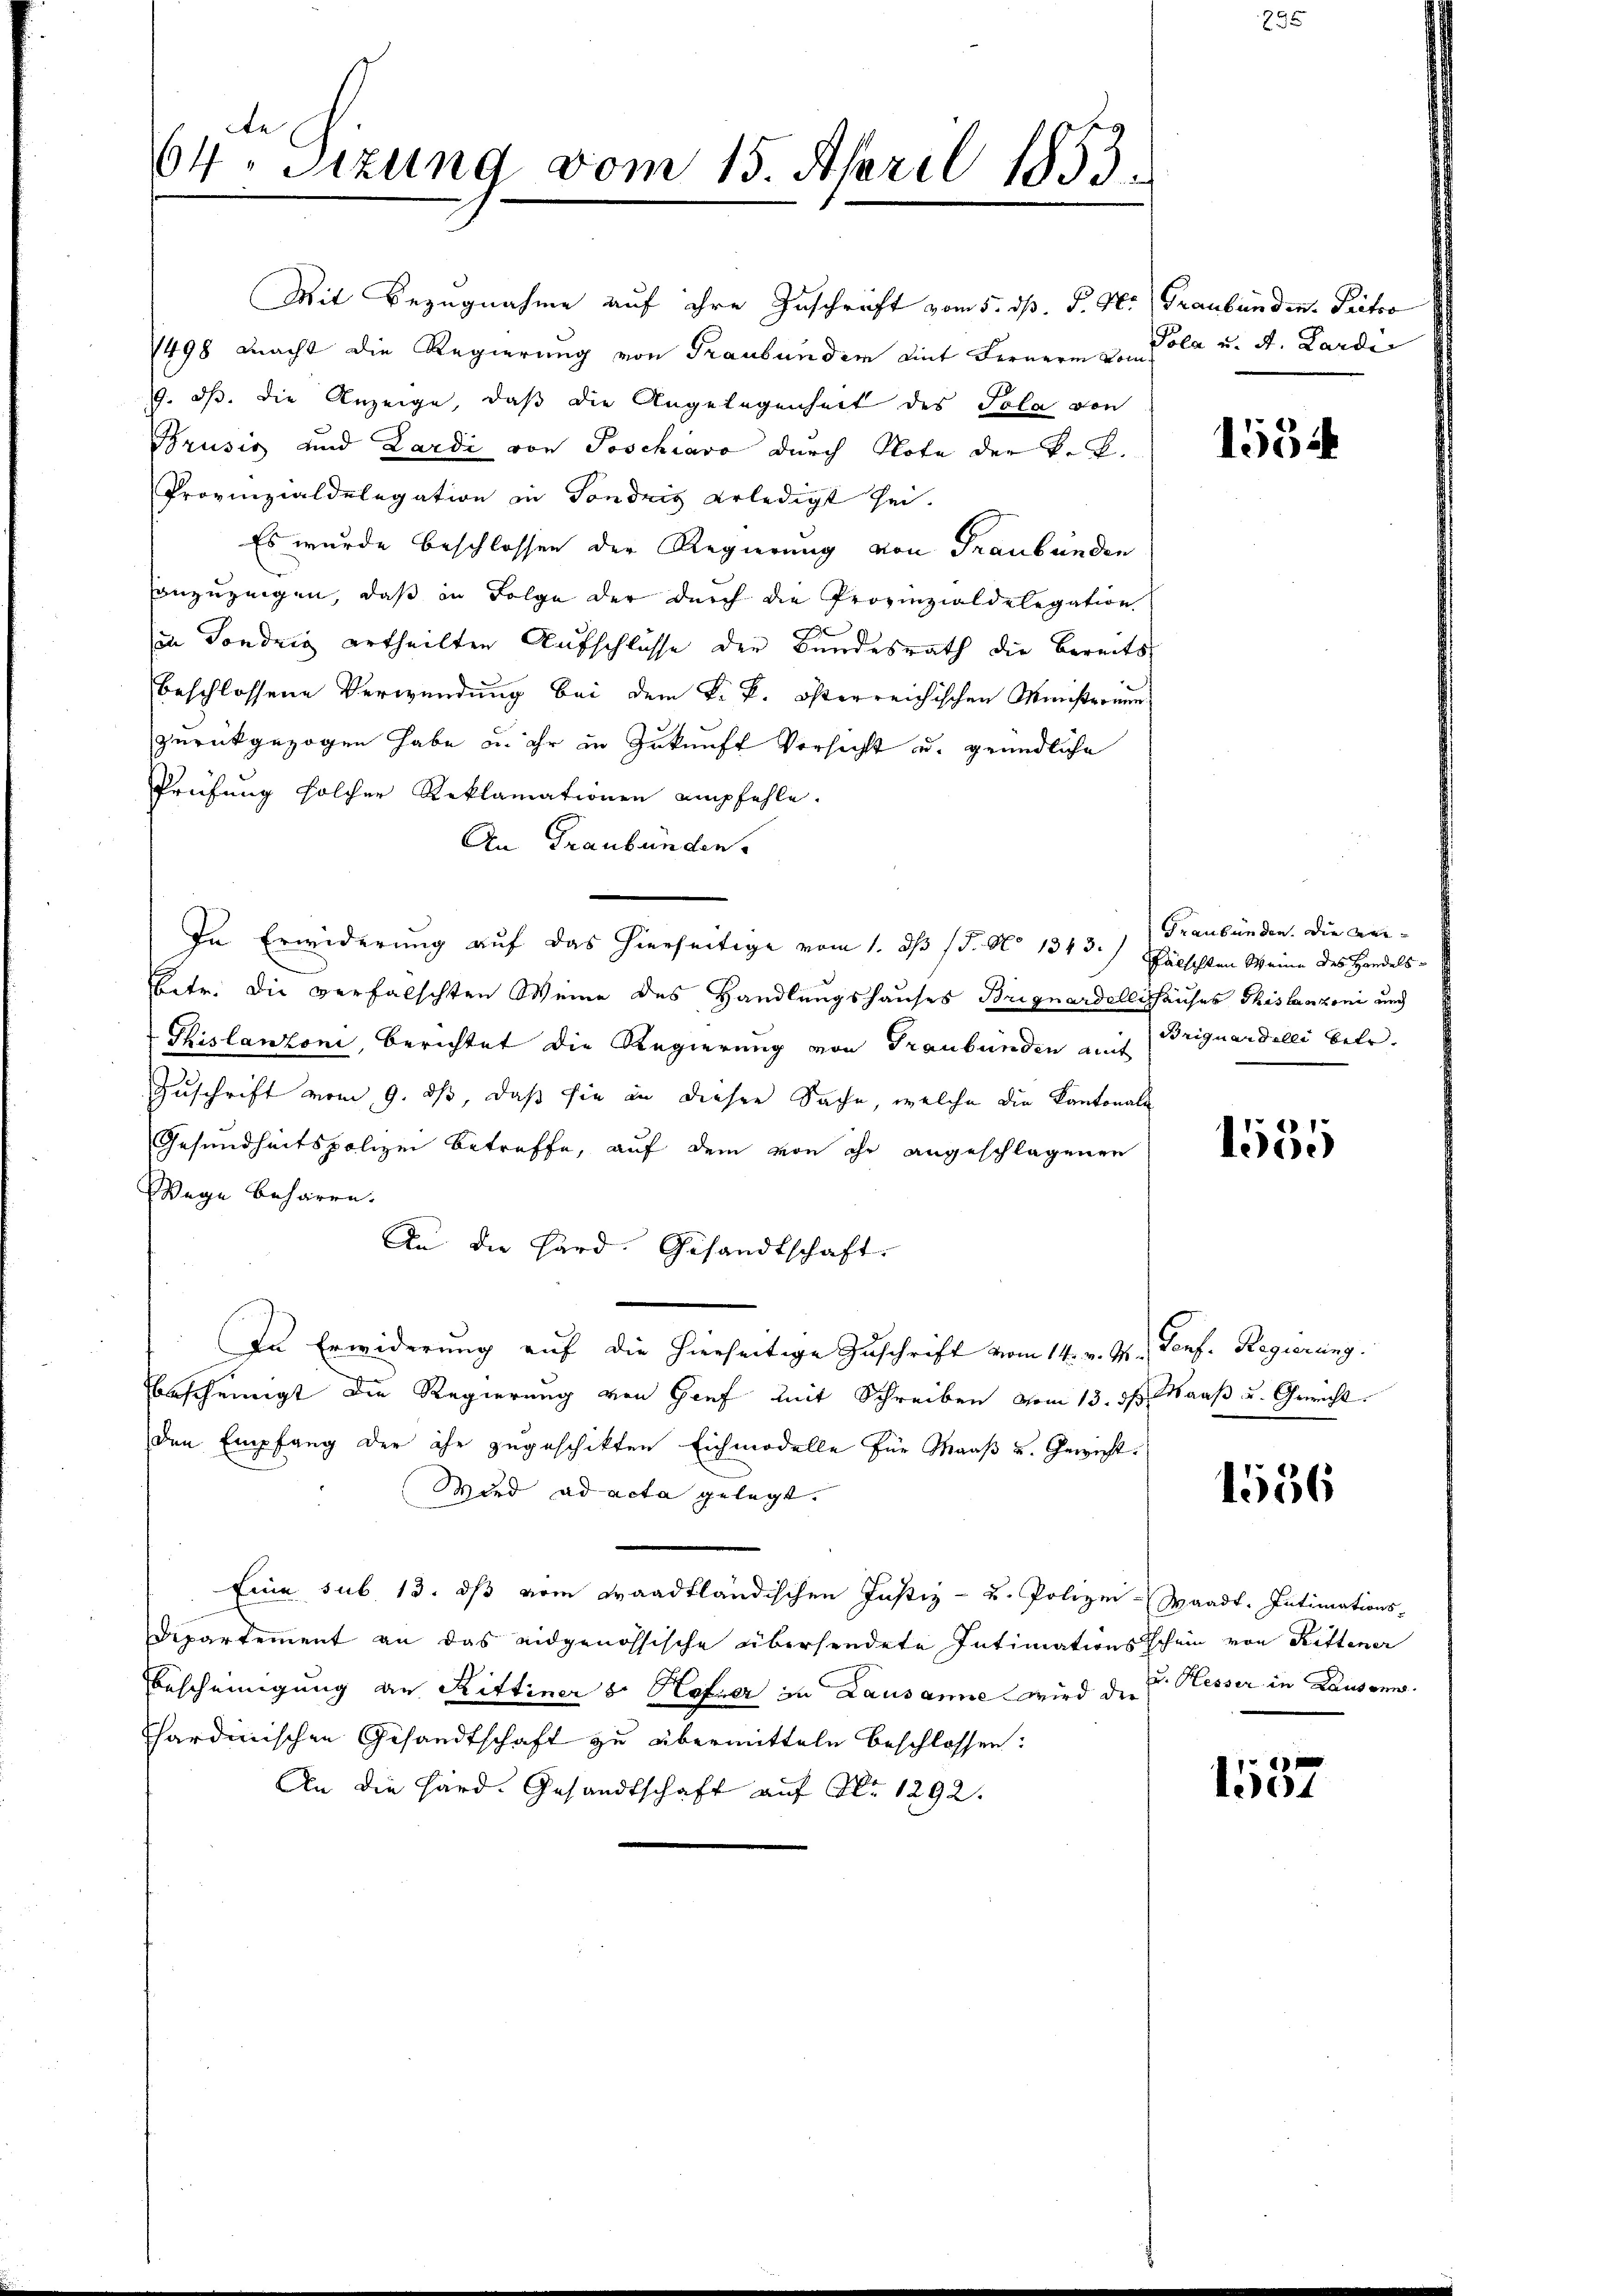
te
64. Sitzung vom 15. April 1853.

Mit Bezugnahme auf ihre Zuschrift vom 5. d. J. H. Graubünden. Pritso
1498 macht die Regierung von Traubünder mit Fernern von Pola u. A. Lardin
9. ds. die Anzeige, daß die Angelegenheit des Pola von
Brusić und Lardi von Poschiavo durch Note der k. k.
Provinzialdelegation in Sondris erledigt sei.
Es wurde beschlossen der Regierung von Graubünden
anzuzeigen, daß in Folge der durch die Provinzialdelegation
in Sondrig ertheilten Aufschlüsse der Bundesrath die bereits
beschlossene Verwendung bei dem k. k. österreichischen Ministerium
zurückgezogen habe zu ihr in Zukunft Versicht u. gründliche
Prüfung solcher Reklamationen empfehle.
An Graubünden.
In Erwiderung auf das hierseitige vom 1. ds J. No 1343.) Päischen Weine des Handels-
Betr. die verfalschten Weine des Handlungshauses Briguardollishauses Thislanzoni und
Thislanzoni, berichtet die Regierung von Graubünden auf Briguardelli betr.
Zuschrift vom 9. ds, daß sie an diesen Sache, welche die Kantonale
Gesundheitspolizei betreffe, auf dem von ihr angeschlagenen
Wege beharen.
An die Hard. Gesandtschaft.
In Erwiderung auf die hierseitige Zuschrift vom 14. v. J. Genf. Regierung.
bescheinigt die Regierung von Genf mit Schreiben vom 13. ds Maaß u. Gericht
den Empfang der ihr zugeschikten Eichmodelle für Maaß u. Gewicht.
Wird ad acta gelegt.
Eine sub. 13. ds vom Waadtländischen Justiz- u. Polizei-Waadt. Intimations-
Departement an das eidgenössische übersendete Intimationsschein von Rittener
Bescheinigung an Rittiner 8. Hafner in Lausanne wird die E. Kesser in Lausann
thardinischen Gesandtschaft zu übermitteln beschlossen:
An die Hard. Gesandtschaft auf Nr. 1292.

1554

Graubünden. Die An¬

1555

1556

1537